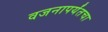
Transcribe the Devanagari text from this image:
वजनापर्यंतचा